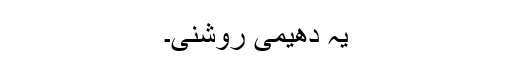
یہ دھیمی روشنی۔